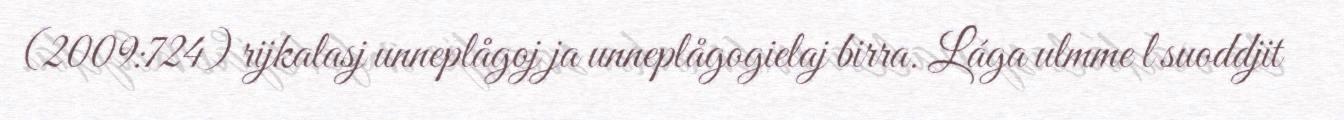
(2009:724) rijkalasj unneplågoj ja unneplågogielaj birra. Lága ulmme l suoddjit